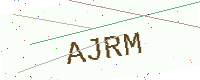
Text: AJRM